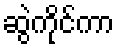
ဆွဲကိုင်ကာ